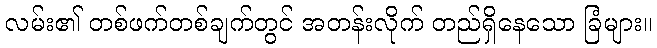
လမ်း၏ တစ်ဖက်တစ်ချက်တွင် အတန်းလိုက် တည်ရှိနေသော ခြံများ။